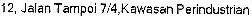
12, JALAN TAMPOI 7/4,KAWASAN PERINDUSTRIAN